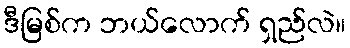
ဒီမြစ်က ဘယ်လောက် ရှည်လဲ။